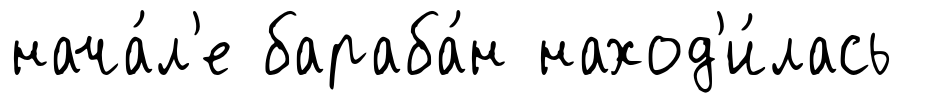
нача́л'е бараба́н наход'и́лась